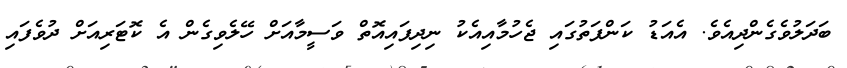
ބަދަލުވެގެންދިއެވެ. އެއަޑު ކަންފަތުގައި ޖެހުމާއިއެކު ނިދިފައިއޮތް ވަސީމާއަށް ހޭލެވިގެން އެ ކޮޓަރިއަށް ދުވެފައި